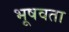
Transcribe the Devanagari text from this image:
भूषवता